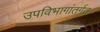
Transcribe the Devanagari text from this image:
उपविभागांतर्गत